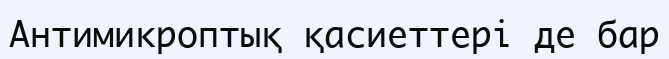
Антимикроптық қасиеттері де бар